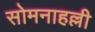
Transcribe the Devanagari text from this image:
सोमनाहल्ली